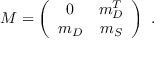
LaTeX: M = \left( \begin{array} { c c } { { 0 } } & { { m _ { D } ^ { T } } } \\ { { m _ { D } } } & { { m _ { S } } } \end{array} \right) ~ .